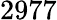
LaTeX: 2977